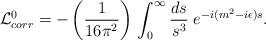
LaTeX: \begin{align*}{\cal L}_{corr}^0= -\left({1\over{16 \pi^2}}\right)\,\int_{0}^{\infty} {ds \over s^3}\; e^{-i(m^2-i\epsilon)s}.\end{align*}